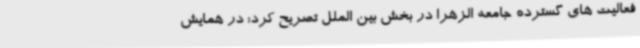
فعالیت های گسترده جامعه الزهرا در بخش بین الملل تصریح کرد: در همایش